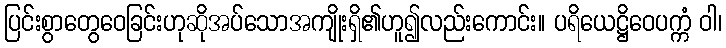
ပြင်းစွာတွေဝေခြင်းဟုဆိုအပ်သောအကျိုးရှိ၏ဟူ၍လည်းကောင်း။ ပရိယေဋ္ဌိဝေပက္ကံ ဝါ၊